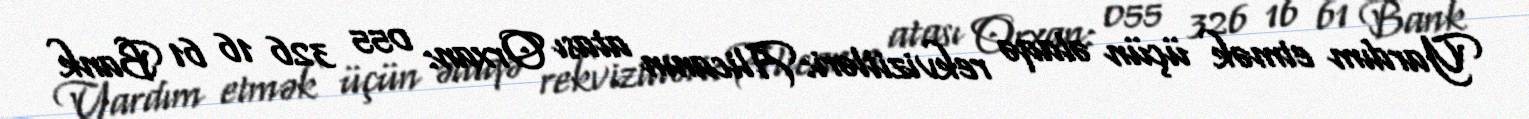
Yardım etmək üçün əlaqə rekvizitləri: Alicanın atası Orxan: 055 326 16 61 Bank